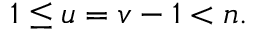
1 \le u = v - 1 < n .